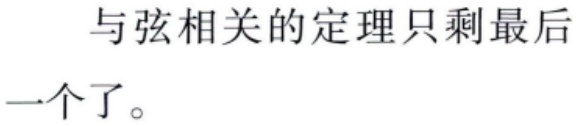
与弦相关的定理只剩最后
一个了。